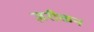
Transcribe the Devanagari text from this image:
ज़रीकन